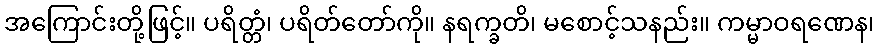
အကြောင်းတို့ဖြင့်။ ပရိတ္တံ၊ ပရိတ်တော်ကို။ နရက္ခတိ၊ မစောင့်သနည်း။ ကမ္မာဝရဏေန၊